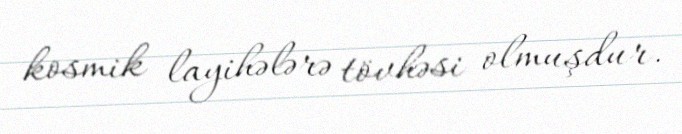
kosmik layihələrə tövhəsi olmuşdur.